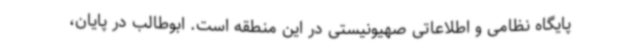
پایگاه نظامی و اطلاعاتی صهیونیستی در این منطقه است. ابوطالب در پایان،